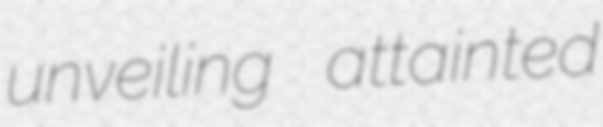
unveiling attainted